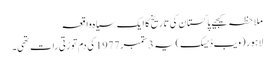
ملاحظہ کیجیے پاکستان کی تاریخ کا ایک سیاہ واقعہ
لاہور (ویب ڈیسک)یہ 3ستمبر 1977کی دم توڑتی رات تھی۔